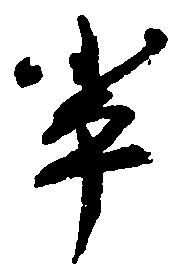
輩